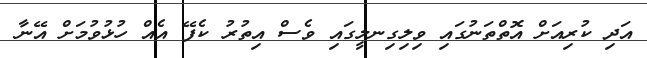
އަދި ކުރިއަށް އޮތްތަނުގައި ވިލިގިނލީގައި ވެސް އިތުރު ކެފޭ އެއް ހުޅުވުމަށް އޭނާ